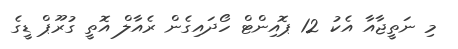
މި ނަތީޖާއާ އެކު 12 ޕޮއިންޓް ހޯދައިގެން ރެއާލް އޮތީ ގުރޫޕް ޑީގެ